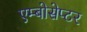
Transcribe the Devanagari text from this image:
एम्बोसेप्टर